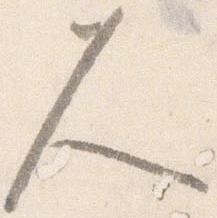
久